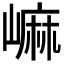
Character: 𡻥